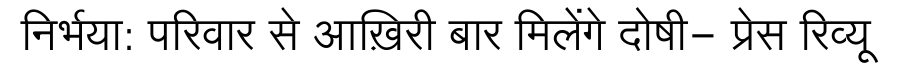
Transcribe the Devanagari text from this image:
निर्भया: परिवार से आख़िरी बार मिलेंगे दोषी- प्रेस रिव्यू